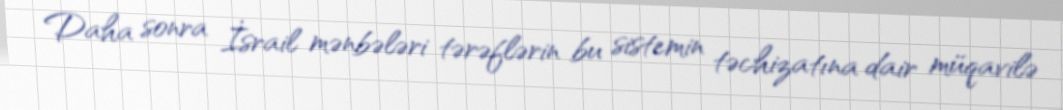
Daha sonra İsrail mənbələri tərəflərin bu sistemin təchizatına dair müqavilə